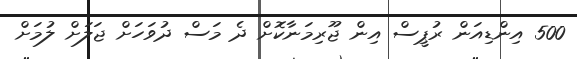
500 އިންޑިއަން ރުޕީސް އިން ޖޫރިމަނާކޮށް ދެ މަސް ދުވަހަށް ޖަލަށް ލުމަށް